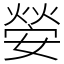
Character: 𡠺